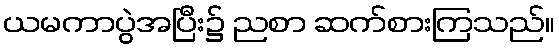
ယမကာပွဲအပြီး၌ ညစာ ဆက်စားကြသည်။